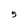
Character: 5